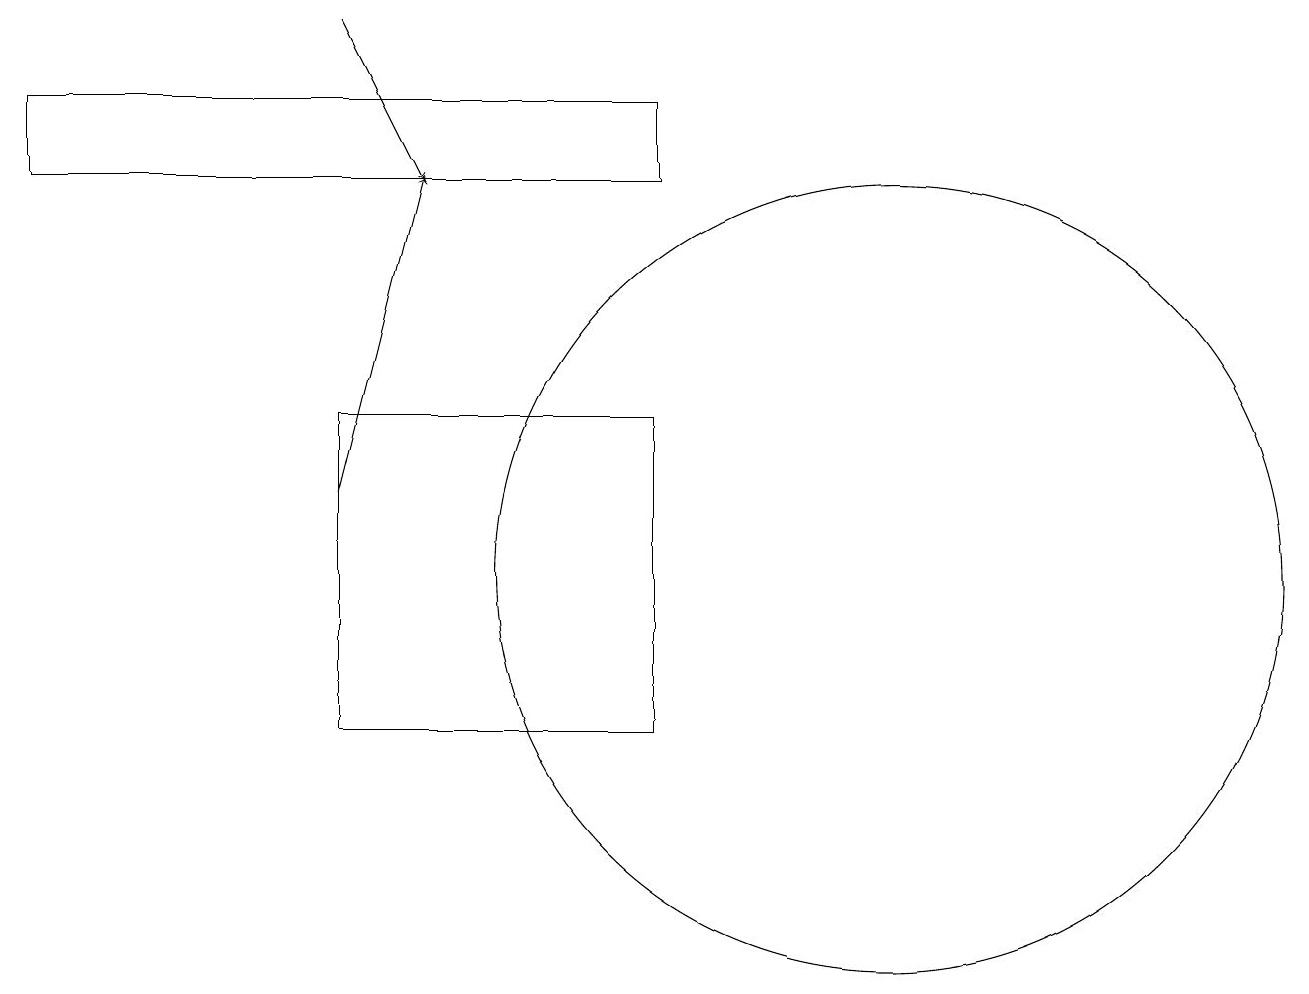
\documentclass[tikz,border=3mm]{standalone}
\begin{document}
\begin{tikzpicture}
\draw (4,14) rectangle (8,10);
\draw[->] (4,19) -- (5,17);
\draw (8,18) rectangle (0,17);
\draw[->] (4,13) -- (5,17);
\draw (11,12) circle (5);
\draw (8,12) rectangle (8,13);
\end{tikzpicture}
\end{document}